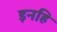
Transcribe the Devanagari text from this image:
इनहि